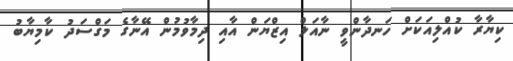
ކިޔާރާ ކުއްލިއަކަށް ހަނދާންވީ ނާއަލް އިޒްޔަން އާއި ދިމާވުމުން އޭނާގެ މަގްސަދު ކާމިޔާބު